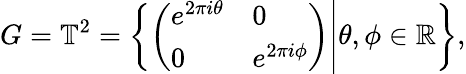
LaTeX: G=\mathbb{T}^{2}=\left\{ \left.\left({\begin{array}{ll}{e^{2\pi i\theta}}&{0}\\ {0}&{e^{2\pi i\phi}}\end{array}}\right)\right|\theta,\phi\in\mathbb{R}\right\} ,